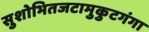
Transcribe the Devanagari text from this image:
सुशोभितजटामुकुटगंगा